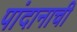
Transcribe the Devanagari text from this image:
पांदानाची